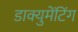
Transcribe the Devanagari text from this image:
डाक्युमेंटिंग